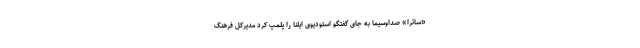
«ساترا» صداوسیما به جای گفتگو استودیوی ایلنا را پلمپ کرد مدیرکل فرهنگ